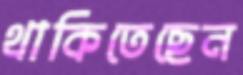
থাকিতেছেন